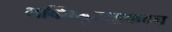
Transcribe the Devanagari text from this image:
भक्तिसुरक्षाकवच